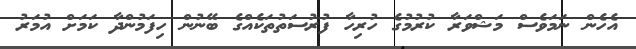
އެހެން ނަމަވެސް މަޝްވަރާ ކުރުމުގެ ހުރިހާ ފުރުސަތުތަކެއްގެ ބޭނުން ހިފަމުންދާ ކަމަށް އުމަރު